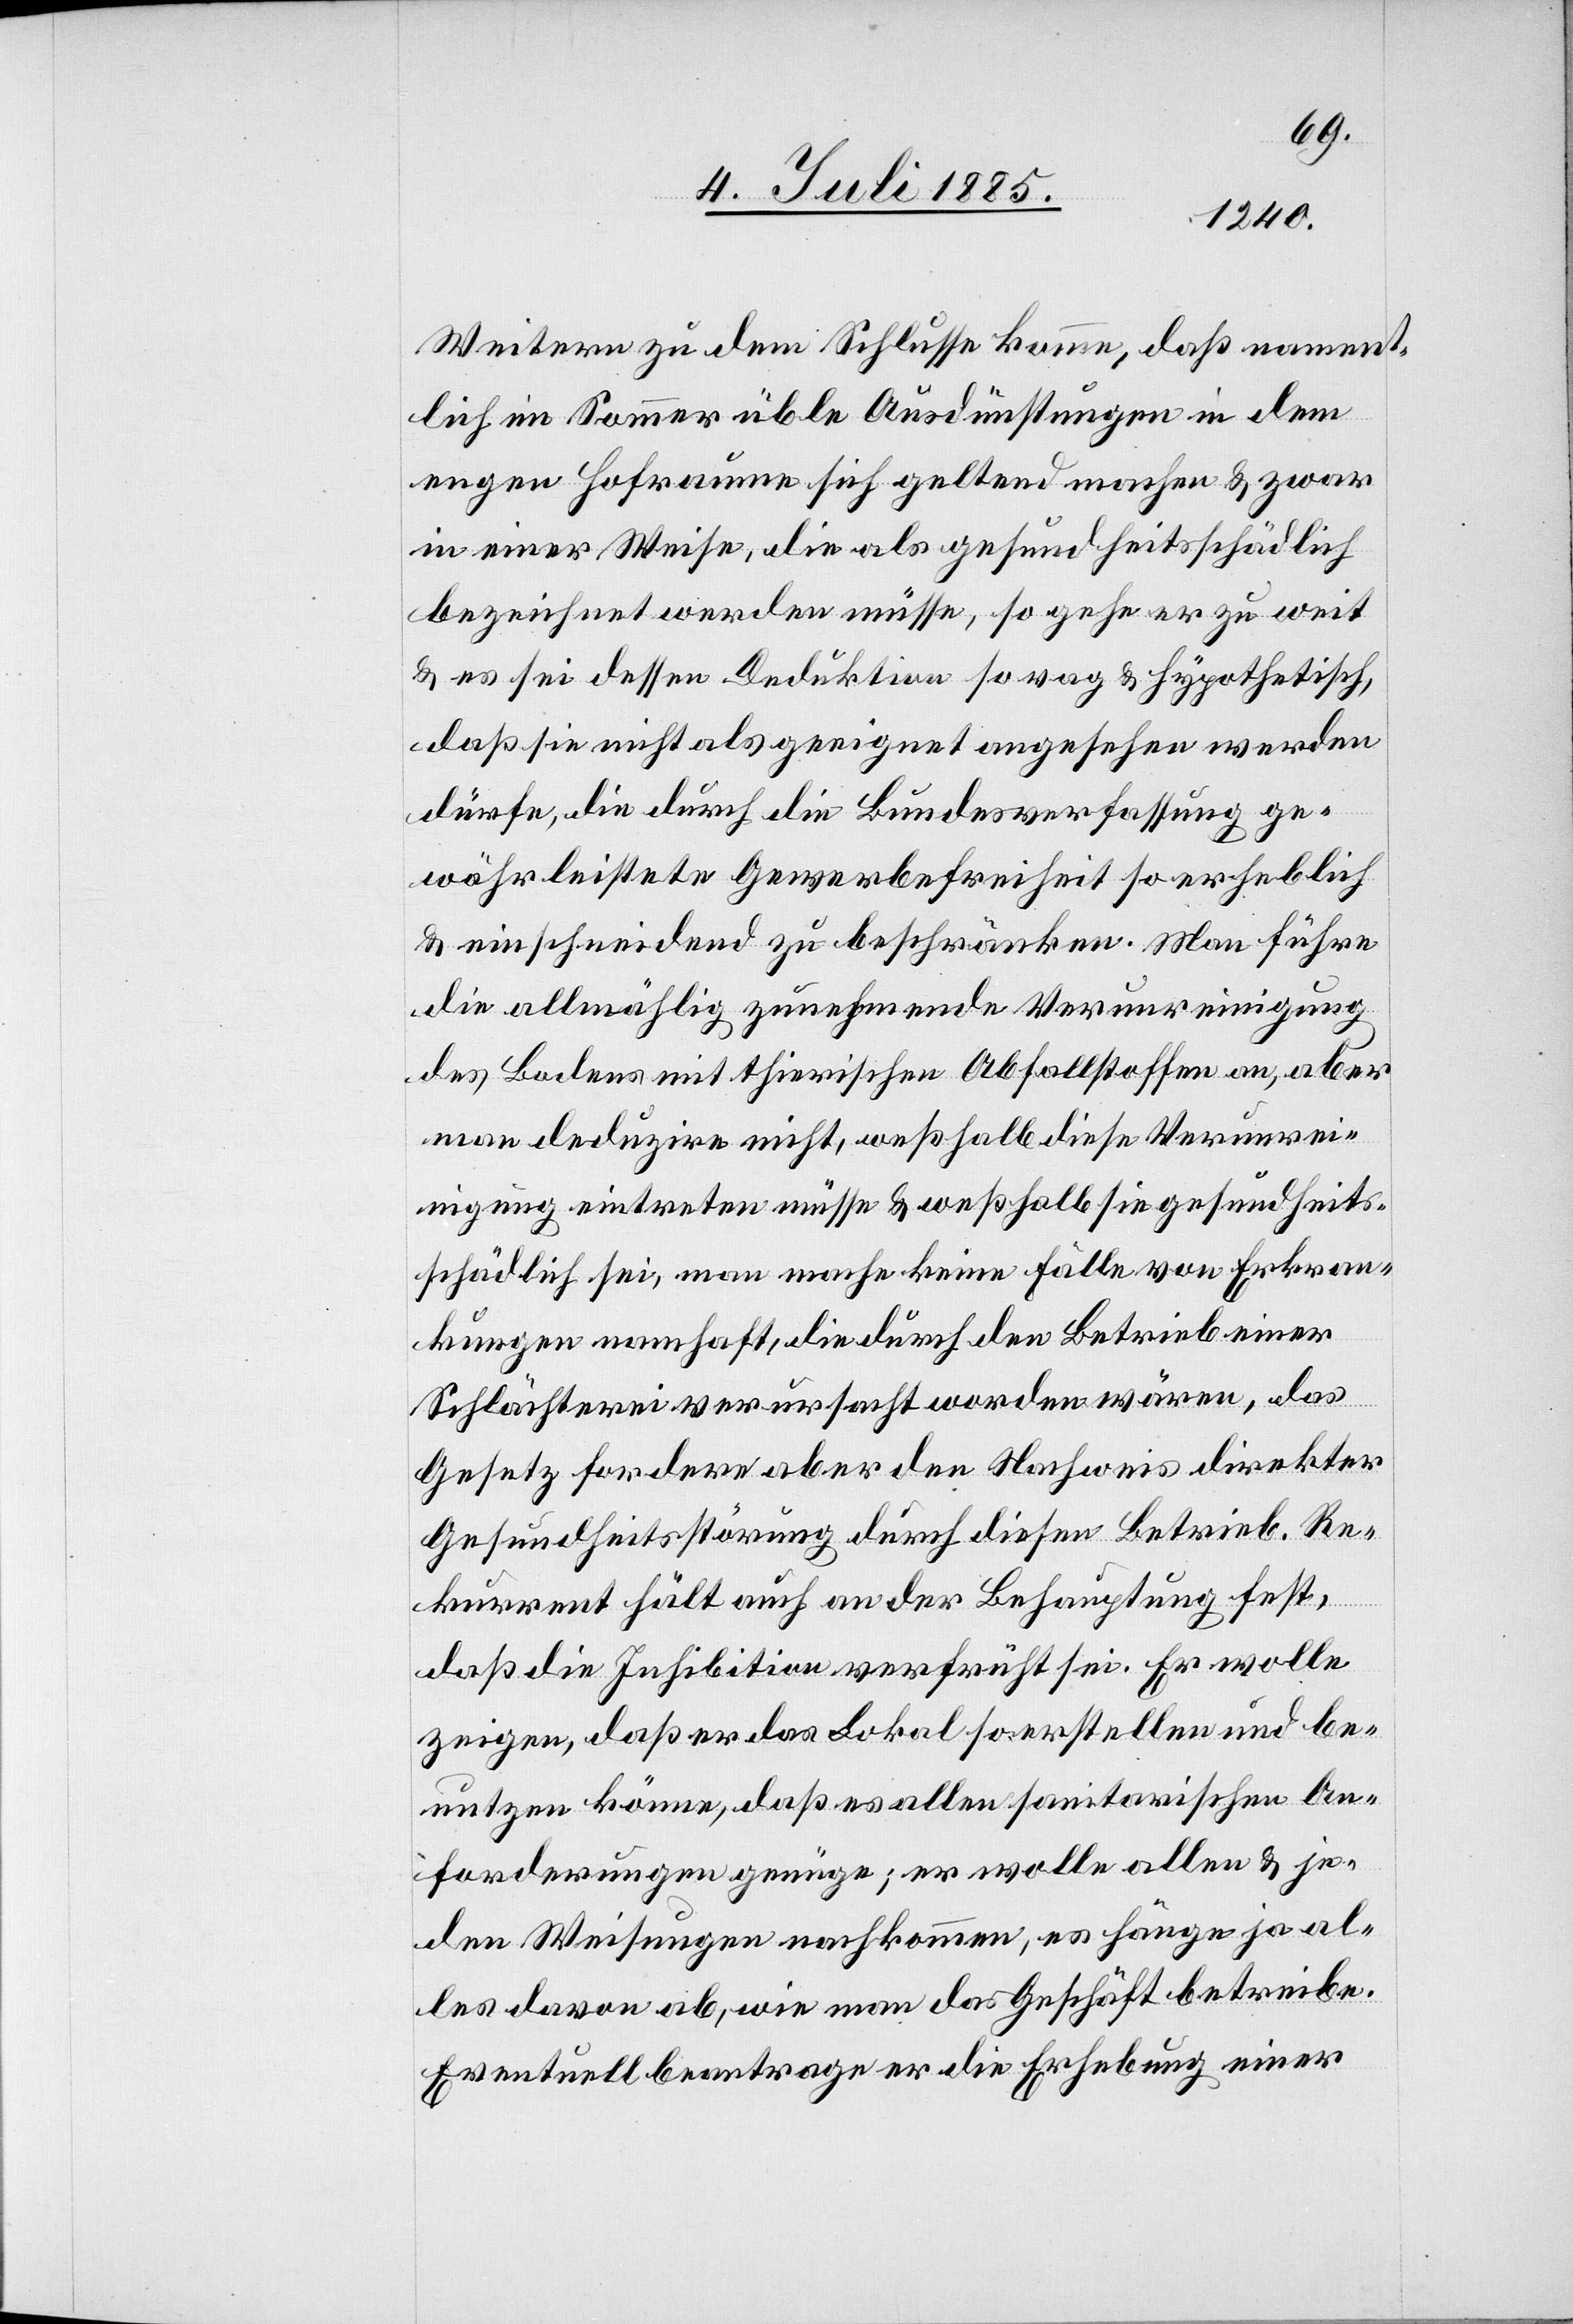
Weiteren zu dem Schlusse komme, daß nament¬
lich im Sommer üble Ausdünstungen in dem
engen Hofraume sich geltend machen & zwar
in einer Weise, die als gesundheitsschädlich
bezeichnet werden müsse, so gehe er zu weit
& es sei dessen Deduktion so vag & hypothetisch,
daß sie nicht als geeignet angesehen werden
dürfe, die durch die Bundesverfassung ge¬
währleistete Gewerbefreiheit so erheblich
& einschneidend zu beschränken. Man führe
die allmählig zunehmende Verunreinigung
des Bodens mit thierischen Abfallstoffen an, aber
man deduzire nicht, weßhalb diese Verunrei¬
nigung eintreten müsse & weßhalb sie gesundheits¬
schädlich sei, man mache keine Fälle von Erkran¬
kungen namhaft, die durch den Betrieb einer
Schlächterei verursacht worden wären, das
Gesetz fordere aber den Nachweis direkter
Gesundheitsstörung durch diesen Betrieb. Re¬
kurrent hält auch an der Behauptung fest,
daß die Inhibition verfrüht sei. Er wolle
zeigen, daß er das Lokal so erstellen und be¬
nutzen könne, daß es allen sanitarischen An¬
forderungen genüge; er wolle allen & je¬
den Weisungen nachkommen, es hänge ja al¬
les davon ab, wie man das Geschäft betreibe.
Eventuell beantrage er die Erhebung einer